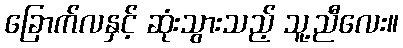
ခြောက်လနှင့် ဆုံးသွားသည့် သူ့ညီလေး။